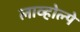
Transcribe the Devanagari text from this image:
लाव्होल्पे